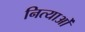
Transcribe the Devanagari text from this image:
नित्याओं